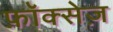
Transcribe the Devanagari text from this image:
फ़ॉक्सेज़